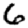
Digit: 6